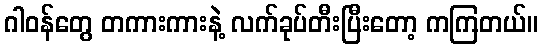
ဂါဝန်တွေ တကားကားနဲ့ လက်ခုပ်တီးပြီးတော့ ကကြတယ်။